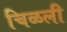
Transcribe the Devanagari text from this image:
चिळली